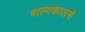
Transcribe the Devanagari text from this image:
बाल्यकालसे